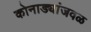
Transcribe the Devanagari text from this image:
कोनाड्यांजवळ